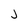
Character: J